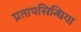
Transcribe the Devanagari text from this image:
प्रतापसिन्धिया